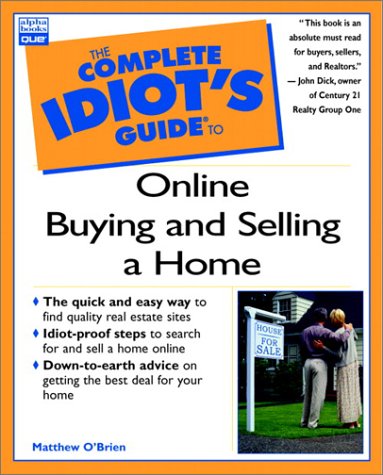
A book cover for Complete Idiot's Guide to Online Buying and Selling a Home (Complete Idiot's Guide); Matthew O'brien; Computers & Technology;